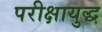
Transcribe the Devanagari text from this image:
परीक्षायुद्ध